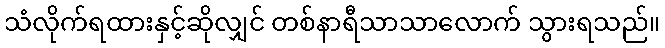
သံလိုက်ရထားနှင့်ဆိုလျှင် တစ်နာရီသာသာလောက် သွားရသည်။